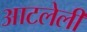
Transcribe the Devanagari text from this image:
आटलेली